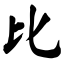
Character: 比